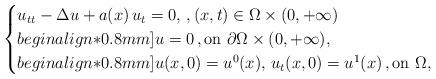
LaTeX: \begin{align*}\begin{cases}u_{tt} - \Delta u + a(x) \, u_t = 0, \,, (x,t) \in \Omega \times(0, + \infty) \\begin{align*}0.8mm]u = 0 \,, \mbox{on } \partial \Omega \times (0,+ \infty),\\begin{align*}0.8mm]u(x,0) = u^0(x), \, u_t(x,0) = u^1(x) \,, \mbox{on } \Omega,\end{cases}\end{align*}